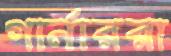
গার্নাররা